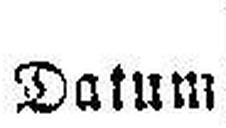
Datum